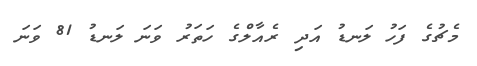
މެޗުގެ ފަހު ލަނޑު އަދި ރެއާލްގެ ހަތަރު ވަނަ ލަނޑު 81 ވަނަ